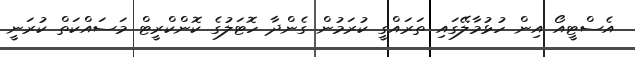
އެސްޓީއޯ އިން ހުޅުމާލޭގައި ތަރައްގީ ކުރަމުން ގެންދާ ހޮޓަލުގެ ކޮންކްރީޓް މަސައްކަތް ކުރަނީ